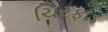
ચિરફાડ